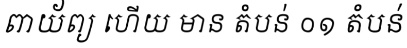
ពាយ័ព្យ ហើយ មាន តំបន់ ០១ តំបន់